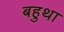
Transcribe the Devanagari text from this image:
बहुथा